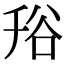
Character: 谸